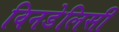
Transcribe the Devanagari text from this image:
विनडेलिसी